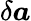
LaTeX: \delta\boldsymbol{a}